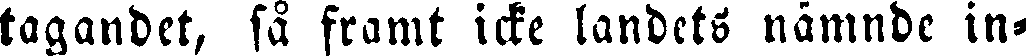
tagandet, så framt icke landets nämnde in-